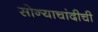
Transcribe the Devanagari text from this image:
सोन्याचांदीची